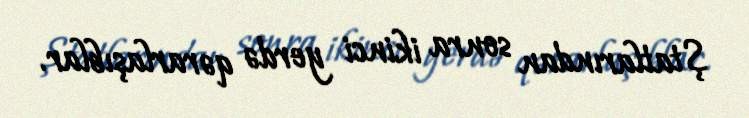
Ştatlarından sonra ikinci yerdə qərarlaşıblar.